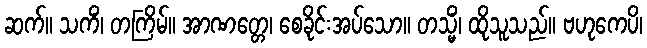
ဆက်။ သကိံ၊ တကြိမ်။ အာဏတ္တေ၊ စေခိုင်းအပ်သော။ တသ္မိံ၊ ထိုသူသည်။ ဗဟုကေပိ၊